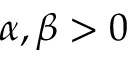
\alpha , \beta > 0